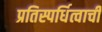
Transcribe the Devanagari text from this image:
प्रतिस्पर्धित्वाची